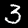
Label: 3